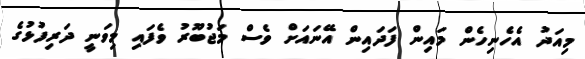
މިއަދު އެހެނިހެން މައިން ފަދައިން އޭނައަށް ވެސް މަޖުބޫރު ވެފައި މިވަނީ ދަރިފުޅުގެ